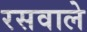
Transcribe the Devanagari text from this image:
रसवाले